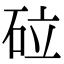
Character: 砬